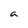
Character: a